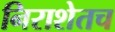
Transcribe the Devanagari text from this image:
निराशेतच